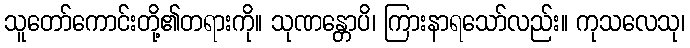
သူတော်ကောင်းတို့၏တရားကို။ သုဏန္တောပိ၊ ကြားနာရသော်လည်း။ ကုသလေသု၊